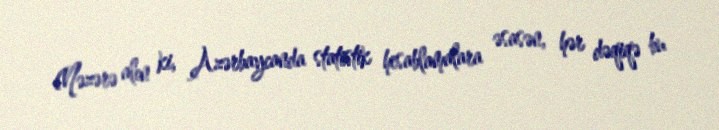
(Nəzərə alın ki, Azərbaycanda statistik hesablamalara əsasən, hər dəqiqə bu